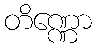
တိဏ္ဏော